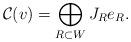
LaTeX: \begin{align*} \mathcal{C}(v) &= \bigoplus_{R\subset W} J_{R}e_{R}.\end{align*}